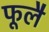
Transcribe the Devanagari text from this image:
फूलै